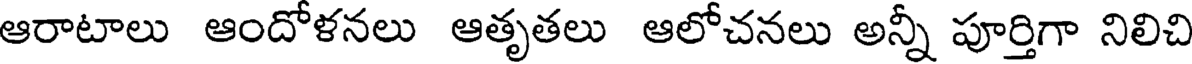
ఆరాటాలు ఆందోళనలు ఆతృతలు ఆలోచనలు అన్నీ పూర్తిగా నిలిచి